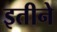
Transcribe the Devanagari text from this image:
इतीने